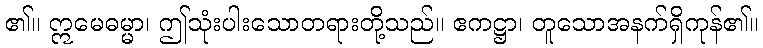
၏။ ဣမေဓမ္မာ၊ ဤသုံးပါးသောတရားတို့သည်။ ဧကဋ္ဌာ၊ တူသောအနက်ရှိကုန်၏။